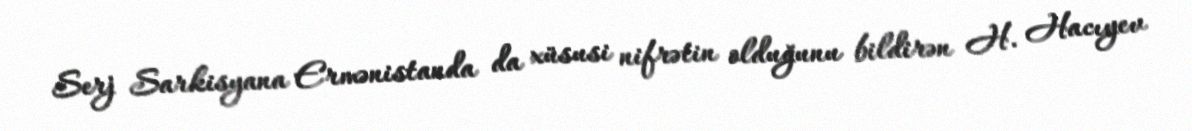
Serj Sarkisyana Ermənistanda da xüsusi nifrətin olduğunu bildirən H. Hacıyev